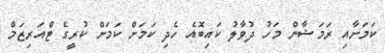
ކަމަށާއި ރަމަޟާން މަހު ދުވާލު ކައިބޮއެ ހެދި ކަމަށް ކަމަށް ކުރީގެ ޓްއަރިޒަމް